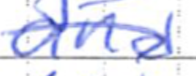
Text: and
Cross-out: diagonal
Writing tool: ballpoint